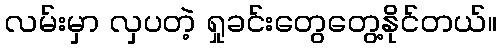
လမ်းမှာ လှပတဲ့ ရှုခင်းတွေတွေ့နိုင်တယ်။